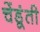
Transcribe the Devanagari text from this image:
चेंडूंती